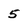
Character: 5